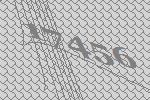
17456